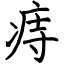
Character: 痔